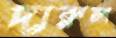
দারুল